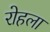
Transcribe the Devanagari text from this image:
रोहला